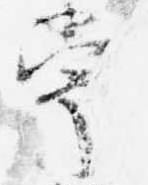
常